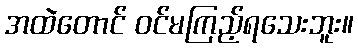
အထဲတောင် ဝင်မကြည့်ရသေးဘူး။